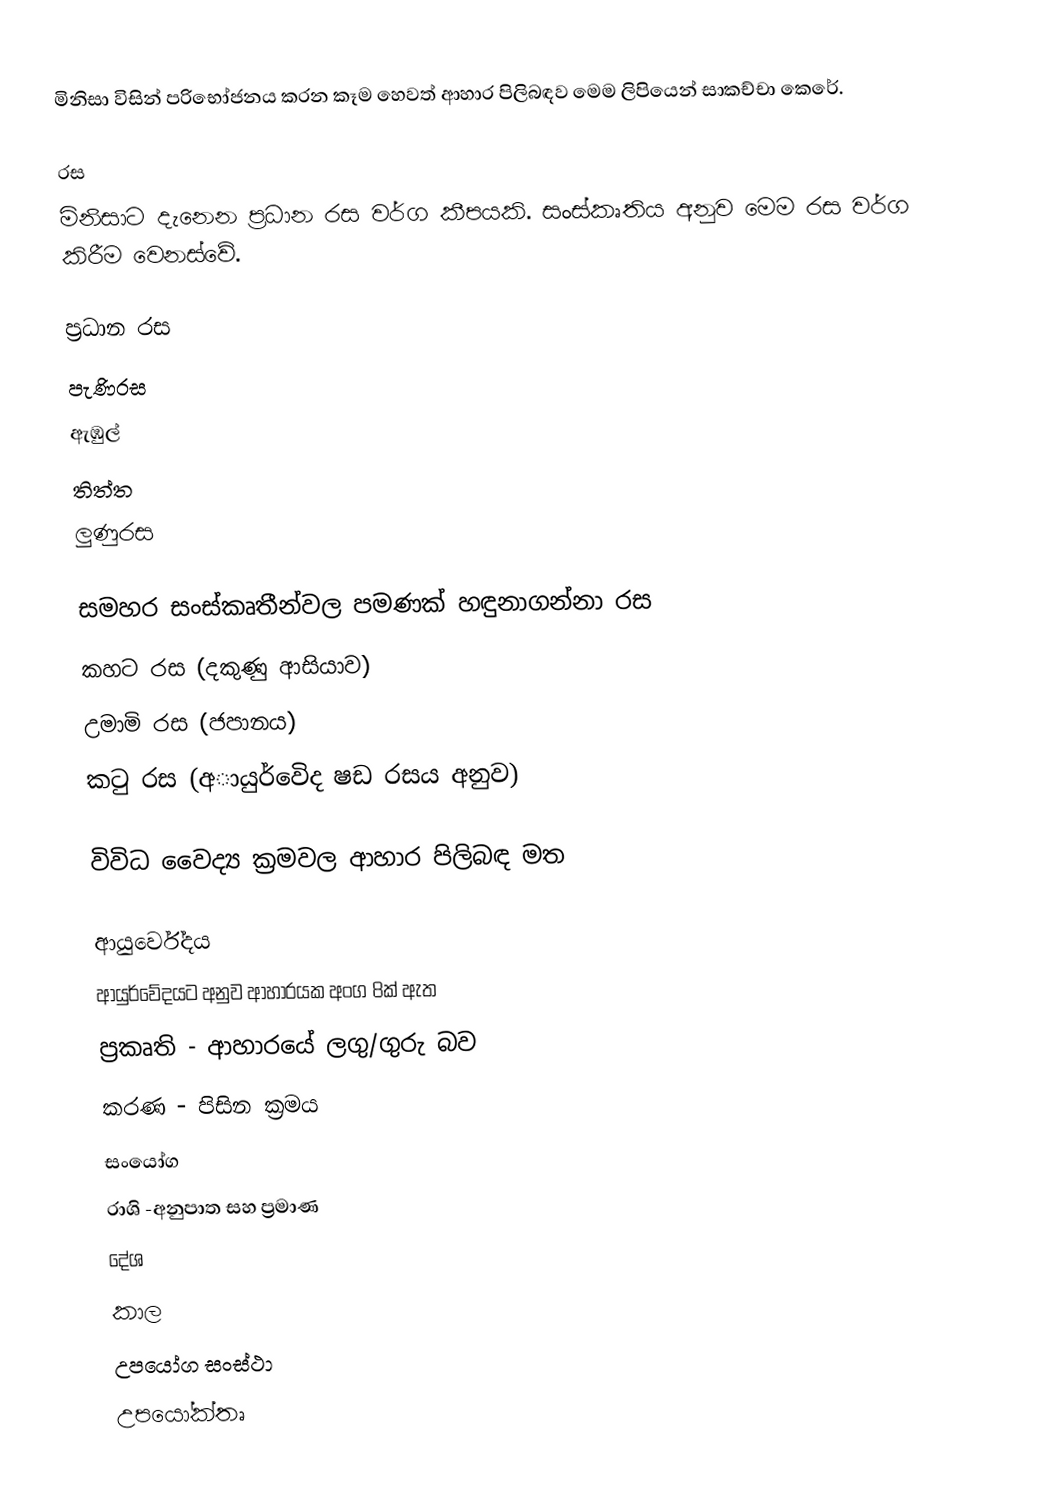
මිනිසා විසින් පරිභෝජනය කරන කෑම හෙවත් ආහාර  පිලිබඳව මෙම ලිපියෙන් සාකච්චා කෙරේ.

රස
මිනිසාට දැනෙන ප්‍රධාන රස වර්ග කීපයකි. සංස්කෘතිය අනුව මෙම රස වර්ග කිරීම වෙනස්වේ.

ප්‍රධාන රස
 පැණිරස
 ඇඹුල්
 තිත්ත
 ලුණුරස

සමහර සංස්කෘතීන්වල පමණක් හඳුනාගන්නා රස
 කහට රස (දකුණු ආසියාව)
 උමාමි රස (ජපානය)
 කටු රස (අායුර්වෙිද ෂඩ රසය අනුව)

විවිධ වෛද්‍ය ක්‍රමවල ආහාර පිලිබඳ මත

ආයුර්වේදය
ආයුර්වේදයට අනුව ආහාරයක අංග 8ක් ඇත
 ප්‍රකෘති - ආහාරයේ ලගු/ගුරු බව
 කරණ - පිසින ක්‍රමය
 සංයෝග
 රාශි -අනුපාත සහ ප්‍රමාණ
 දේශ
 කාල
 උපයෝග සංස්ථා
 උපයෝක්තෘ